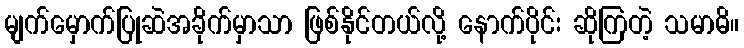
မျက်မှောက်ပြုဆဲအခိုက်မှာသာ ဖြစ်နိုင်တယ်လို့ နောက်ပိုင်း ဆိုကြတဲ့ သမာဓိ။